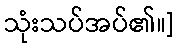
သုံးသပ်အပ်၏။]